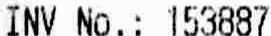
INV NO.: 153887